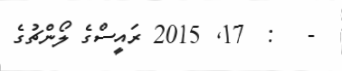
-   :  17